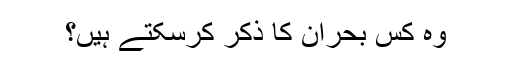
وہ کس بحران کا ذکر کرسکتے ہیں؟